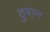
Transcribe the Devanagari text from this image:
ठुबान